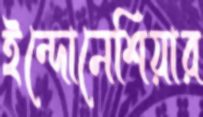
ইন্দোনেশিয়ার